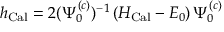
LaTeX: h _ { \mathrm { C a l } } = 2 ( \Psi _ { 0 } ^ { ( c ) } ) ^ { - 1 } \, ( { \cal H } _ { \mathrm { C a l } } - E _ { 0 } ) \, \Psi _ { 0 } ^ { ( c ) }